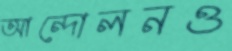
আন্দোলনও